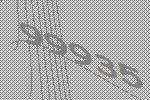
99935